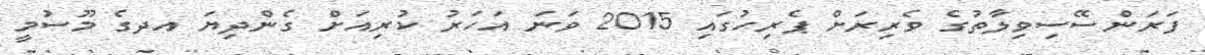
ފަރަންސޭސިވިލާތުގެ ވެރިރަށް ޕެރިހުގައި 2015 ވަނަ އަހަރު ކުރިއަށް ގެންދިޔަ އދގެ މޫސުމީ